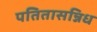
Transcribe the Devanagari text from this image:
पतितासन्निध